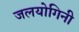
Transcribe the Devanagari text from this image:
जलयोगिनी